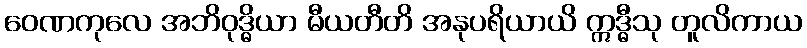
ဝေဏကုလေ အဘိဝုဒ္ဓိယာ မီယတီတိ အနုပရိယာယိ ဣဒ္ဓီသု တူလိကာယ